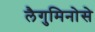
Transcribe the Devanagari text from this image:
लैगुमिनोसे